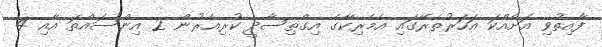
ފާއިތުވި އަށެއްކަ އަހަރުތެރޭގައި އެމެރިކާގެ އިގްތިސާދީ ކުރިއެރުން 2 އިންސައްތަ އާއި 4